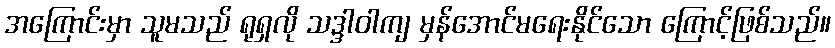
အကြောင်းမှာ သူမသည် ရုရှလို သဒ္ဒါဝါကျ မှန်အောင်မရေးနိုင်သော ကြောင့်ဖြစ်သည်။